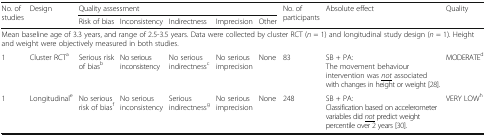
| <ROWSPAN=2> No. of studies | <ROWSPAN=2> Design | <COLSPAN=5> Quality assessment | <ROWSPAN=2> No. of participants | <ROWSPAN=2> Absolute effect | <ROWSPAN=2> Quality |
 | Risk of bias | Inconsistency | Indirectness | Imprecision | Other |
 | --- | --- | --- | --- | --- | --- | --- | --- | --- | --- |
 | <COLSPAN=10> Mean baseline age of 3.3 years, and range of 2.5-3.5 years. Data were collected by cluster RCT (n = 1) and longitudinal study design (n = 1). Height and weight were objectively measured in both studies. |
 | 1 | Cluster RCTa | Serious risk of biasb | No serious inconsistency | No serious indirectnessc | No serious imprecision | None | 83 | SB + PA:The movement behaviour intervention was <underline>not</underline> associated with changes in height or weight [28]. | MODERATEd |
 | 1 | Longitudinale | No serious risk of biasf | No serious inconsistency | Serious indirectnessg | No serious imprecision | None | 248 | SB + PA:Classification based on accelerometer variables did <underline>not</underline> predict weight percentile over 2 years [30]. | VERY LOWh |